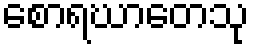
စောရဃာတေသု